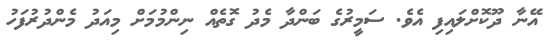
އޭނާ ދޫކޮށްލައިފި އެވެ. ސަމީރުގެ ބަންދާ މެދު ގޮތެއް ނިންމުމަށް މިއަދު މެންދުރުފަހު